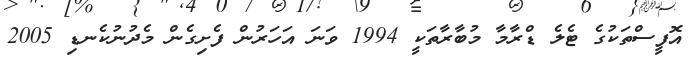
އޮފީސްތަކުގެ ޓެލެ ޑްރާމާ މުބާރާތަކީ 1994 ވަނަ އަހަރުން ފެށިގެން މެދުނުކެނޑި 2005